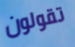
تقولون